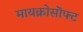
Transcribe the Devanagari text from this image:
मायक्रोसॊफ्ट